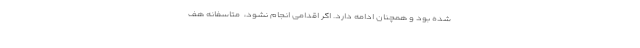
شده بود و همچنان ادامه دارد. اگر اقدامی انجام نشود، ‌ متاسفانه هف